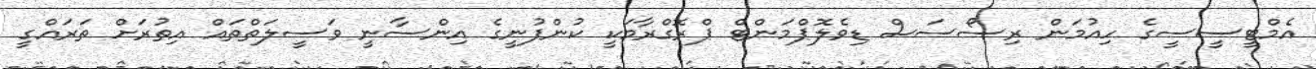
އެމްޓީސީސީގެ ހިއުމަން ރިސޯސަސް ޑިވެލޮޕްމަންޓް ޕްރޮގްރާމަކީ ކުންފުނީގެ އިންސާނީ ވަސީލަތްތައް އިތުރަށް ތަރައްގީ